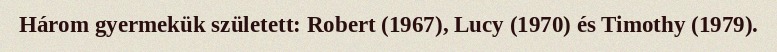
Három gyermekük született: Robert (1967), Lucy (1970) és Timothy (1979).